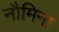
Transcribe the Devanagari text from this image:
नौमिना